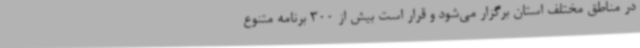
در مناطق مختلف استان برگزار می‌شود و قرار است بیش از 300 برنامه متنوع